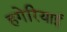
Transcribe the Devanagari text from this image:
हगेरियाई